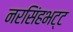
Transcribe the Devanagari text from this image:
नरसिंहभट्ट